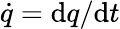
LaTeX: {\dot{q}}=\mathrm{d}q/\mathrm{d}t